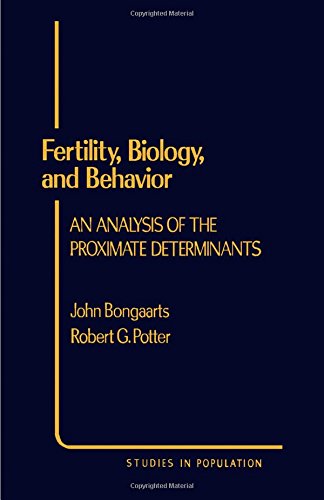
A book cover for Fertility, Biology, and Behavior: An Analysis of the Proximate Determinants (Studies in Population); John Bongaarts; Parenting & Relationships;